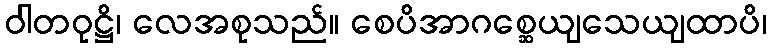
ဝါတဝုဋ္ဌိ၊ လေအစုသည်။ စေပိအာဂစ္ဆေယျသေယျထာပိ၊